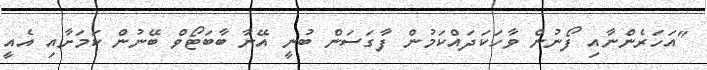
"އަހަރެންނާއި ފޯނުން ވާހަކަދައްކަމުން ފާގަސަން ބުނީ އޭނާ ބާބަޓޯވް ބޭނުން ކަމަށާއި އެއީ